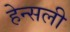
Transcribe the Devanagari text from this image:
हेन्सली